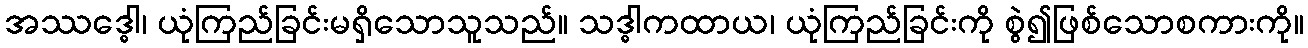
အဿဒ္ဓေါ၊ ယုံကြည်ခြင်းမရှိသောသူသည်။ သဒ္ဓါကထာယ၊ ယုံကြည်ခြင်းကို စွဲ၍ဖြစ်သောစကားကို။